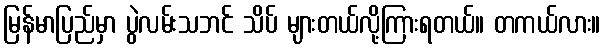
မြန်မာပြည်မှာ ပွဲလမ်းသဘင် သိပ် များတယ်လို့ကြားရတယ်။ တကယ်လား။